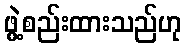
ဖွဲ့စည်းထားသည်ဟု